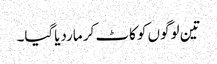
تین لوگوں کو کاٹ کر ماردیاگیا۔